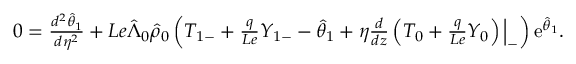
\begin{array} { r } { 0 = \frac { d ^ { 2 } \hat { \theta } _ { 1 } } { d \eta ^ { 2 } } + L e \hat { \Lambda } _ { 0 } \hat { \rho } _ { 0 } \left( { T } _ { 1 - } + \frac { q } { L e } { Y } _ { 1 - } - \hat { \theta } _ { 1 } + \eta \frac { d } { d z } \left( { T } _ { 0 } + \frac { q } { L e } { Y } _ { 0 } \right) \Big | _ { - } \right) \mathrm { e } ^ { \hat { \theta } _ { 1 } } . } \end{array}